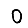
Digit: 0